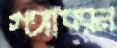
গঙ্গাধরন